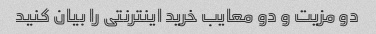
دو مزیت و دو معایب خرید اینترنتی را بیان کنید